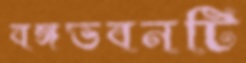
বঙ্গভবনটি